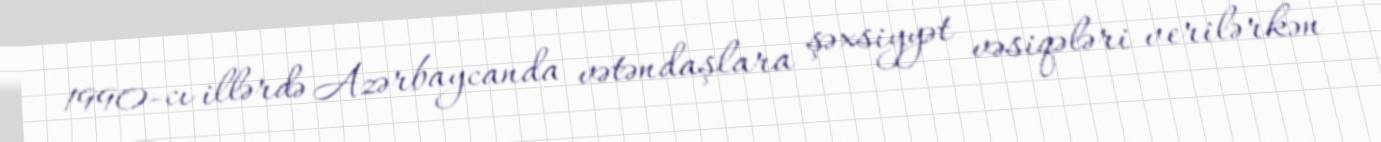
1990-cı illərdə Azərbaycanda vətəndaşlara şəxsiyyət vəsiqələri verilərkən